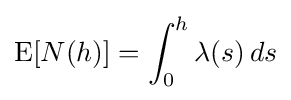
\operatorname {E} [N(h)]=\int _{0}^{h}\lambda (s)\,ds